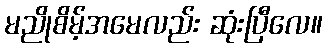
မညိုစိမ့်အမေလည်း ဆုံးပြီလေ။